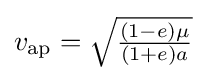
{\textstyle v_{\text{ap}}={\sqrt {\frac {(1-e)\mu }{(1+e)a}}}\,}